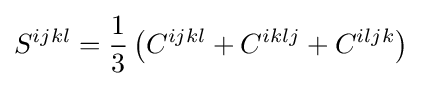
S^{ijkl}={\frac {1}{3}}\left(C^{ijkl}+C^{iklj}+C^{iljk}\right)